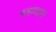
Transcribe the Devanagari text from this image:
रुमण्वान